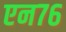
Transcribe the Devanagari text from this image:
एन७६